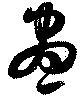
昼